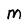
Character: M